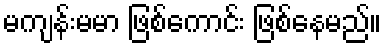
မကျန်းမမာ ဖြစ်ကောင်း ဖြစ်နေမည်။